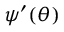
\psi ^ { \prime } ( \theta )